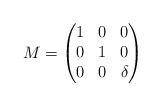
LaTeX: \begin{align*}M = \begin{pmatrix} 1 & 0 & 0 \\ 0 & 1 & 0 \\ 0 & 0 & \delta \end{pmatrix}\end{align*}